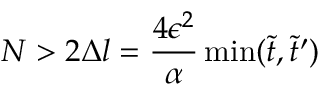
N > 2 \Delta l = \frac { 4 \epsilon ^ { 2 } } { \alpha } \operatorname* { m i n } ( \tilde { t } , \tilde { t } ^ { \prime } )